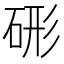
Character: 𥒱